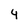
Character: 4